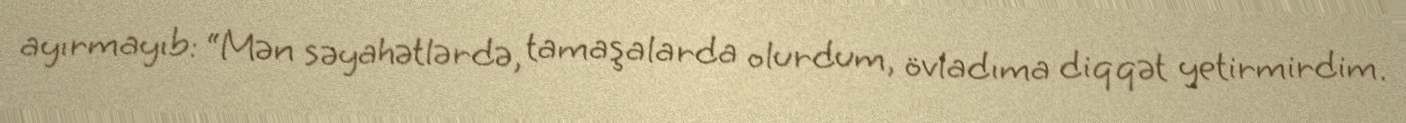
ayırmayıb: “Mən səyahətlərdə, tamaşalarda olurdum, övladıma diqqət yetirmirdim.